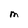
Character: M